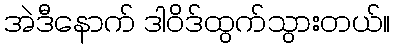
အဲဒီနောက် ဒါဝိဒ်ထွက်သွားတယ်။